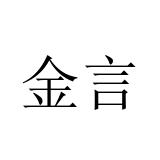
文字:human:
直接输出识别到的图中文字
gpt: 金言